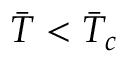
\Bar { T } < \Bar { T } _ { c }